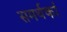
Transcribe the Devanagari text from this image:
समर्थकां